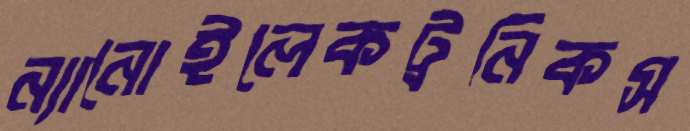
ন্যানোইলেকট্রনিকস